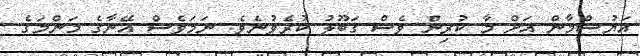
އަޔުޝްމާން އަށް މާ ކުރިން ވެސް ގަބޫލު ކުރެވުނެވެ. ނަމަވެސް އޭނާގެ މަންމަގެ